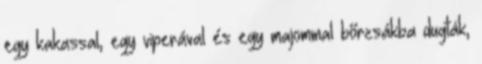
egy kakassal, egy viperával és egy majommal bőrzsákba dugták,